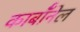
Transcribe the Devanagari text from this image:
कार्बाॅनेल